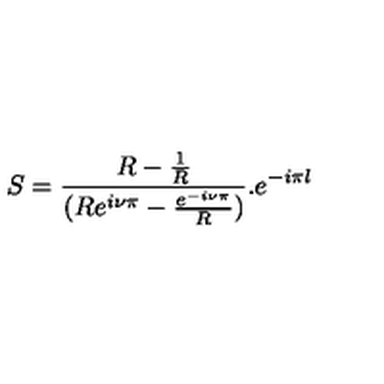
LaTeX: S = \frac { R - \frac { 1 } { R } } { ( R e ^ { i \nu \pi } - \frac { e ^ { - i \nu \pi } } { R } ) } . e ^ { - i \pi l }